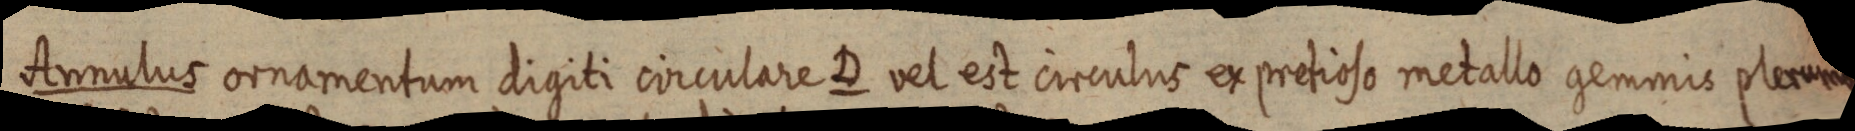
Annulus ornamentum digiti circulare D vel est circulus ex pretioso metallo gemmis plerumque